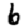
Digit: 6